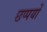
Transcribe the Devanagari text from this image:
छप्पयों